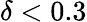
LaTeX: \delta<0.3